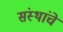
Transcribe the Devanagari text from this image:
संंस्थांचे